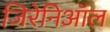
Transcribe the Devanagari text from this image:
जिरेनिऑल